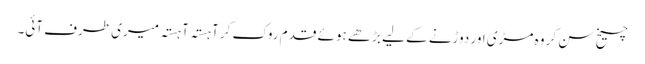
چیخ سن کر وہ مڑی اور دوڑنے کے لیے بڑھے ہوئے قدم روک کر آہستہ آہستہ میری طرف آئی۔